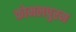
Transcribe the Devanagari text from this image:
कोमलपुरम